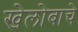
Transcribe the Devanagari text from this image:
खेलोबाचे